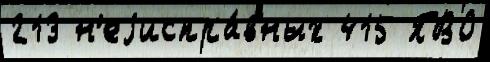
213 н'еjиспра́вных 415 ПВО